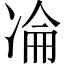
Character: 𠗣